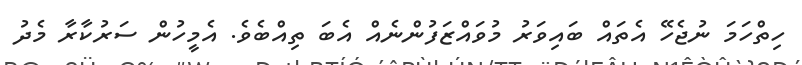
ހިތްހަމަ ނުޖެހޭ އެތައް ބައިވަރު މުވައްޒަފުންނެއް އެބަ ތިއްބެވެ. އެމީހުން ސަރުކާރާ މެދު